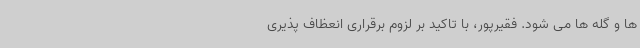
ها و گله ها می شود. فقیرپور، با تاکید بر لزوم برقراری انعظاف پذیری